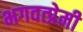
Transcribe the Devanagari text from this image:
भगवत्प्रेमी